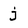
Character: j